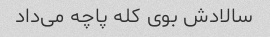
سالادش بوی کله پاچه می‌داد